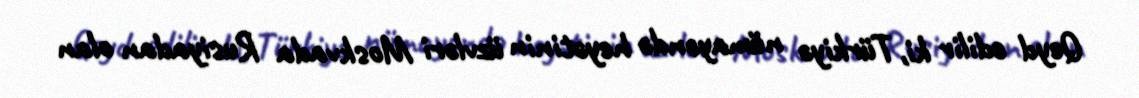
Qeyd edilir ki, Türkiyə nümayəndə heyətinin üzvləri Moskvada Rusiyadan olan